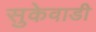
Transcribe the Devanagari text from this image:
सुकेवाडी